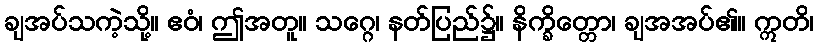
ချအပ်သကဲ့သို့။ ဧဝံ၊ ဤအတူ။ သဂ္ဂေ၊ နတ်ပြည်၌။ နိက္ခိတ္တော၊ ချအအပ်၏။ ဣတိ၊